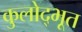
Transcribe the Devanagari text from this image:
कुलोद्‌भूत